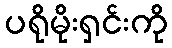
ပရိုမိုးရှင်းကို